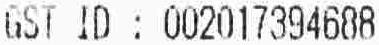
GST ID : 002017394688